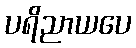
ပရိညာယပေ